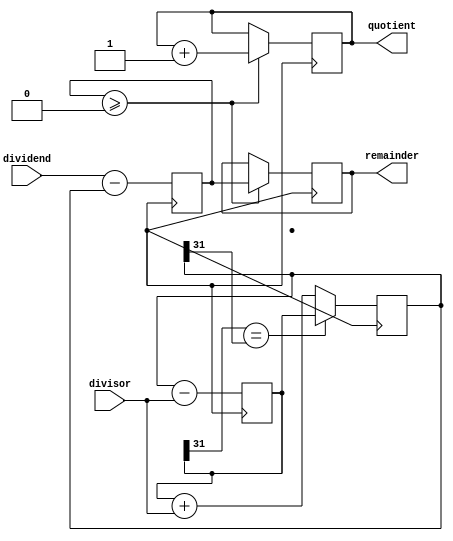
module non_restoring_divider (
    input [31:0] dividend,
    input [31:0] divisor,
    output reg [31:0] quotient,
    output reg [31:0] remainder
);

reg [31:0] neg_dividend;
reg [31:0] A;
reg [31:0] S;
reg [31:0] neg_divisor;
reg [31:0] M;

assign neg_dividend = ~dividend + 1;
assign neg_divisor = ~divisor + 1;

always @ (posedge clk) begin
    if (dividend[31] == divisor[31]) A <= {dividend[31], dividend} >> 1;
    else A <= {neg_dividend[31], neg_dividend} >> 1;

    S <= A - divisor;

    if (S[31] == A[31]) A <= S;
    else A <= S + divisor;

    M <= dividend - A;
end

always @ (posedge clk) begin
    if (M >= 0) begin
        quotient <= quotient + 1;
        remainder <= M;
    end
end

endmodule